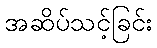
အဆိပ်သင့်ခြင်း